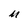
Character: M